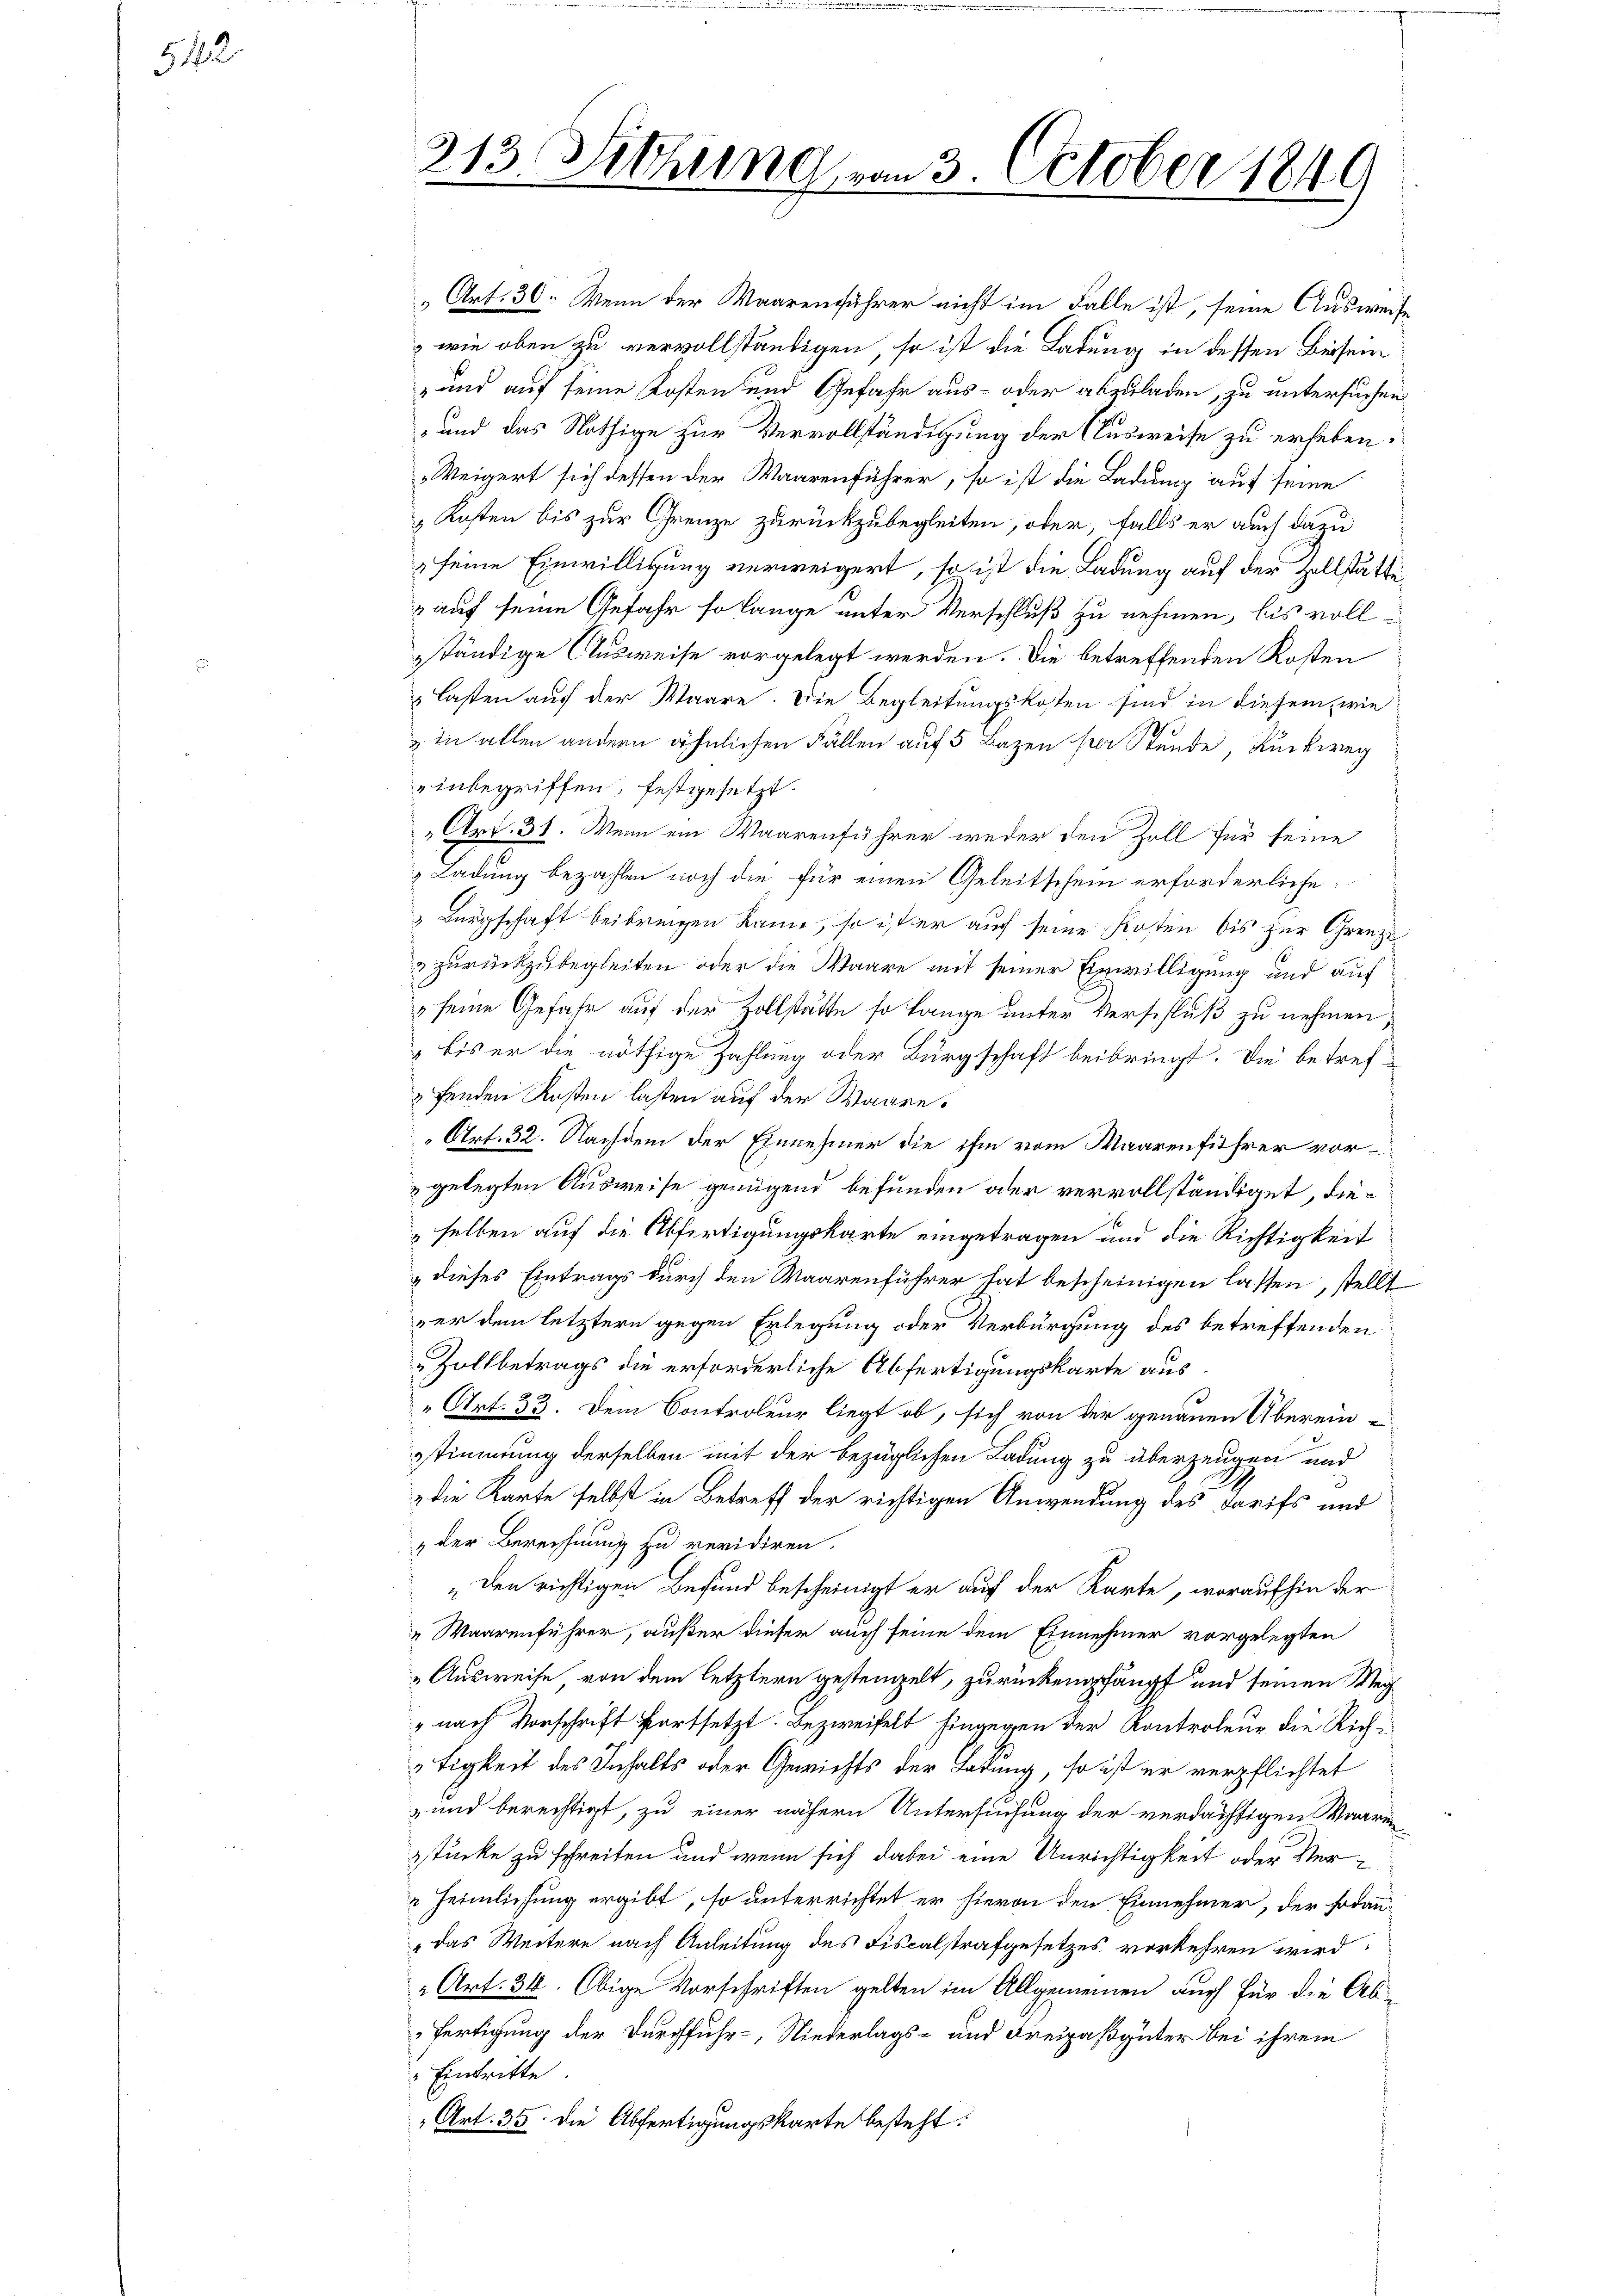
512.

213. Sitzung von 3. October 1849

„Art. 30. Wenn der Waarenführer nicht im Falle ist, seine Ausweise
wie oben zu vervollständigen, so ist die Ladung in dessen Beisein
und auf seine Kosten und Gefahr aus- oder abzuladen, zu untersuchen
und das Nöthige zur Vervollständigung der Ausweise zu erheben.
Weigert sich dessen der Waarenführer, so ist die Ladung auf seine
Kosten bis zur Grenze zurückzubegleiten, oder, falls er auch dazu
seine Einwilligung verweigert, so ist die Ladung auf der Zollstätte
auf seine Gefahr so lange unter Verschluß zu nehmen, bis vollsständige Ausweise vorgelegt werden. Die betreffenden Kosten
lasten auf der Waare. Die Begleitungskosten sind in diesem, wie
 in allen andern ähnlichen Fällen auf 5 Bazen per Stunde, Rückweg
inbegriffen, festgesetzt.
Art. 31. Wenn ein Waarenführer weder den Zoll für seine
Ladung bezahlen noch die für einen Geleitschein erforderliche
& Bürgschaft beibringen kann, so ist er auf seine Kosten bis zur Grenze
& zurückzubegleiten oder die Waare mit seiner Einwilligung und auf
" seine Gefahr auf der Zollstätte so lange unter Verschluß zu nehmen,
bis er die nöthige Zahlung oder Bürgschaft beibringt. Die betreffenden Kosten lasten auf der Waare.
Art. 32. Nachdem der Einnehmer die ihm vom Waarenfiehrer vorgelegten Ausweise genügend befunden oder vervollständiget, dieselben auf die Abfertigungskarte eingetragen und die Richtigkeit
dieses Eintrags durch den Waarenführer hat bescheinigen lassen, stellt
ver dem letztern gegen Erlegung oder Verbürgung des betreffenden
Zollbetrags die erforderliche Abfertigungskarte aus.
„Art. 33. Dem Controleur liegt ob, sich von der genauen Übereinstimmung derselben mit der bezüglichen Ladung zu überzeugen und
& die Karte selbst in Betreff der richtigen Anwendung des Tarifs und
„der Berechnung zu revidiren.
„den richtigen Befund bescheinigt er auf der Karte, woraufhin der
Waarenführer, außer dieser auch seine dem Einnehmer vorgelegten
Ausweise, von dem letztern gestempelt, zurückempfängt und seinen Weg¬
" nach Vorschrift fortsetzt. Bezweifelt hingegen der Kontroleur die Richtigkeit des Inhalts oder Gewichts der Ladung, so ist er verpflichtet
 und berechtigt, zu einer nähern Untersuchung der verdächtigen Waaren
zstücke zu schreiten und wenn sich dabei eine Unrichtigkeit oder Ver¬
 Heimlichung ergibt, so unterrichtet er hievon den Einnehmer, der sodann
"das Weitere nach Anleitung des Fiscalstrafgesetzes vorkehren wird:
" Art. 31. Obige Vorschriften gelten im Allgemeinen auch für die Abfertigung der Durchfuhr-, Niederlags- und Freipaßgüter bei ihrem
" Eintritte
Art. 35 die Abfertigungskarte besteht: